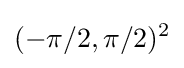
(-\pi /2,\pi /2)^{2}